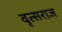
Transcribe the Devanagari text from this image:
वृत्सराज